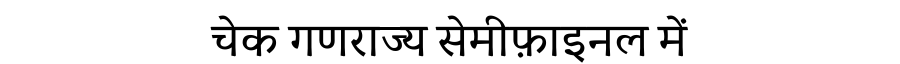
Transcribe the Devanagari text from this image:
चेक गणराज्य सेमीफ़ाइनल में